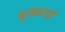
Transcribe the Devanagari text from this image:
बुखाराई